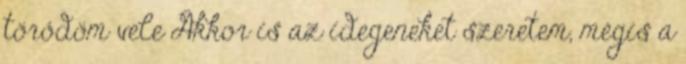
törődöm vele Akkor is az idegeneket szeretem, mégis a